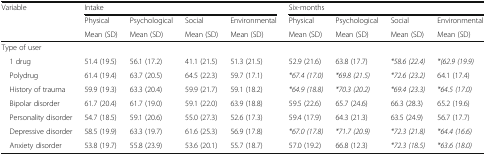
| Variable | <COLSPAN=4> Intake | <COLSPAN=4> Six-months |
 |  | Physical | Psychological | Social | Environmental | Physical | Psychological | Social | Environmental |
 |  | Mean (SD) | Mean (SD) | Mean (SD) | Mean (SD) | Mean (SD) | Mean (SD) | Mean (SD) | Mean (SD) |
 | --- | --- | --- | --- | --- | --- | --- | --- | --- |
 | <COLSPAN=9> Type of user |
 | 1 drug | 51.4 (19.5) | 56.1 (17.2) | 41.1 (21.5) | 51.3 (21.5) | 52.9 (21.6) | 63.8 (17.7) | *58.6 (22.4) | *(62.9 (19.9) |
 | Polydrug | 61.4 (19.4) | 63.7 (20.5) | 64.5 (22.3) | 59.7 (17.1) | *67.4 (17.0) | *69.8 (21.5) | *72.6 (23.2) | 64.1 (17.4) |
 | History of trauma | 59.9 (19.3) | 63.3 (20.4) | 59.9 (21.7) | 59.1 (18.2) | *64.9 (18.8) | *70.3 (20.2) | *69.4 (23.3) | *64.5 (17.0) |
 | Bipolar disorder | 61.7 (20.4) | 61.7 (19.0) | 59.1 (22.0) | 63.9 (18.8) | 59.5 (22.6) | 65.7 (24.6) | 66.3 (28.3) | 65.2 (19.6) |
 | Personality disorder | 54.7 (18.5) | 59.1 (20.6) | 55.0 (27.3) | 52.6 (17.3) | 59.4 (17.9) | 64.3 (21.3) | 63.5 (24.9) | 56.7 (17.7) |
 | Depressive disorder | 58.5 (19.9) | 63.3 (19.7) | 61.6 (25.3) | 56.9 (17.8) | *67.0 (17.8) | *71.7 (20.9) | *72.3 (21.8) | *64.4 (16.6) |
 | Anxiety disorder | 53.8 (19.7) | 55.8 (23.9) | 53.6 (20.1) | 55.7 (18.7) | 57.0 (19.2) | 66.8 (12.3) | *72.3 (18.5) | *63.6 (18.0) |